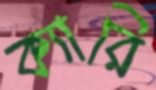
ক্যারি